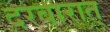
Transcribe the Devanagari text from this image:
दरबारात्